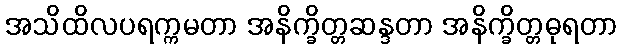
အသိထိလပရက္ကမတာ အနိက္ခိတ္တဆန္ဒတာ အနိက္ခိတ္တဓုရတာ